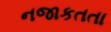
નજાકતતા